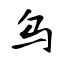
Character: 乌